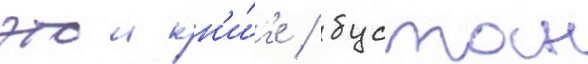
этои кн'и́г'е / бустан